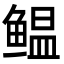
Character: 鳁